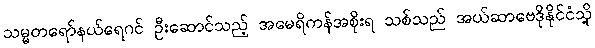
သမ္မတရော်နယ်ရေဂင် ဦးဆောင်သည့် အမေရိကန်အစိုးရ သစ်သည် အယ်ဆာဗေဒိုနိုင်ငံသို့